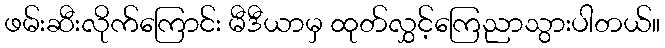
ဖမ်းဆီးလိုက်ကြောင်း မီဒီယာမှ ထုတ်လွှင့်ကြေညာသွားပါတယ်။